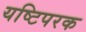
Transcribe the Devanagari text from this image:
यष्टिपरक